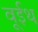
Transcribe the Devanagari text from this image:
वूईथ